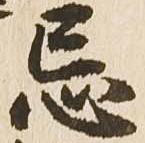
忌